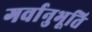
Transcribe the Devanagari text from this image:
गर्वानुभूति